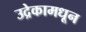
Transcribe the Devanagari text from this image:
उद्रेकामधून